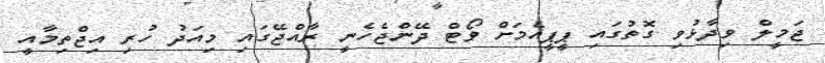
ޖަމީލް ވިދާޅުވި ގޮތުގައި ޕީޕީއެމަށް ވޯޓް ދޭންޖެހެނީ ރާއްޖޭގައި މިއަދު ހުރި އިޖްތިމާއީ